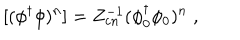
[ ( \phi ^ { \dagger } \phi ) ^ { n } ] = Z _ { c n } ^ { - 1 } ( \phi _ { 0 } ^ { \dagger } \phi _ { 0 } ) ^ { n } \; ,